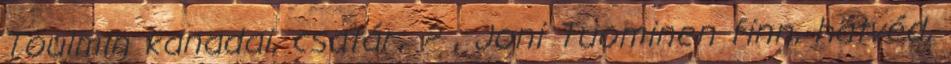
Toulmin kanadai, csatár, ? , Joni Tuominen finn, hátvéd,